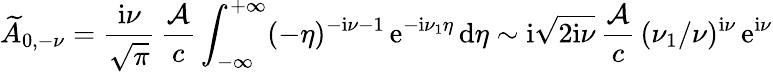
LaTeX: \widetilde{A}_{0,-\nu}=\frac{\mathrm{i}\nu}{\sqrt{\pi}}\, \frac{{\cal A}}{c}\int_{-\infty}^{+\infty}(-\eta)^{-\mathrm{i}\nu-1}\, \mathrm{e}^{-\mathrm{i}\nu_{1}\eta}\, \mathrm{d}\eta\sim\mathrm{i}\sqrt{2\mathrm{i}\nu}\, \frac{{\cal A}}{c}\, (\nu_{1}/\nu)^{\mathrm{i}\nu}\, \mathrm{e}^{\mathrm{i}\nu}